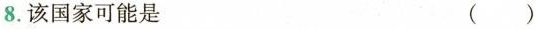
8.该国家可能是 ()